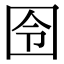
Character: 囹